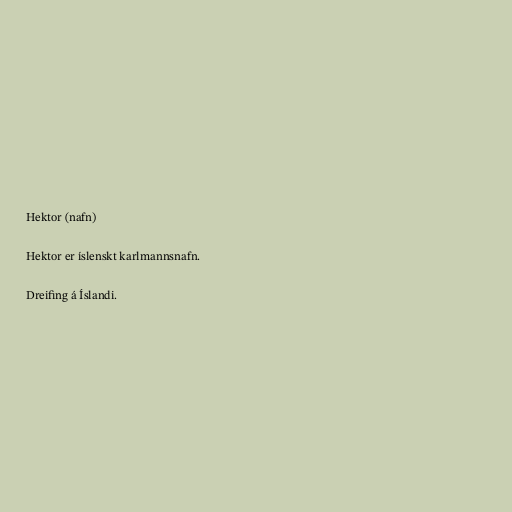
Hektor (nafn)

Hektor er íslenskt karlmannsnafn.

Dreifing á Íslandi.